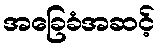
အခြေခံအဆင့်